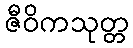
ဇီဝိကသုတ္တ